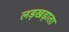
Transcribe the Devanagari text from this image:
लड़खड़ाता